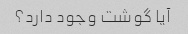
آیا گوشت وجود دارد؟